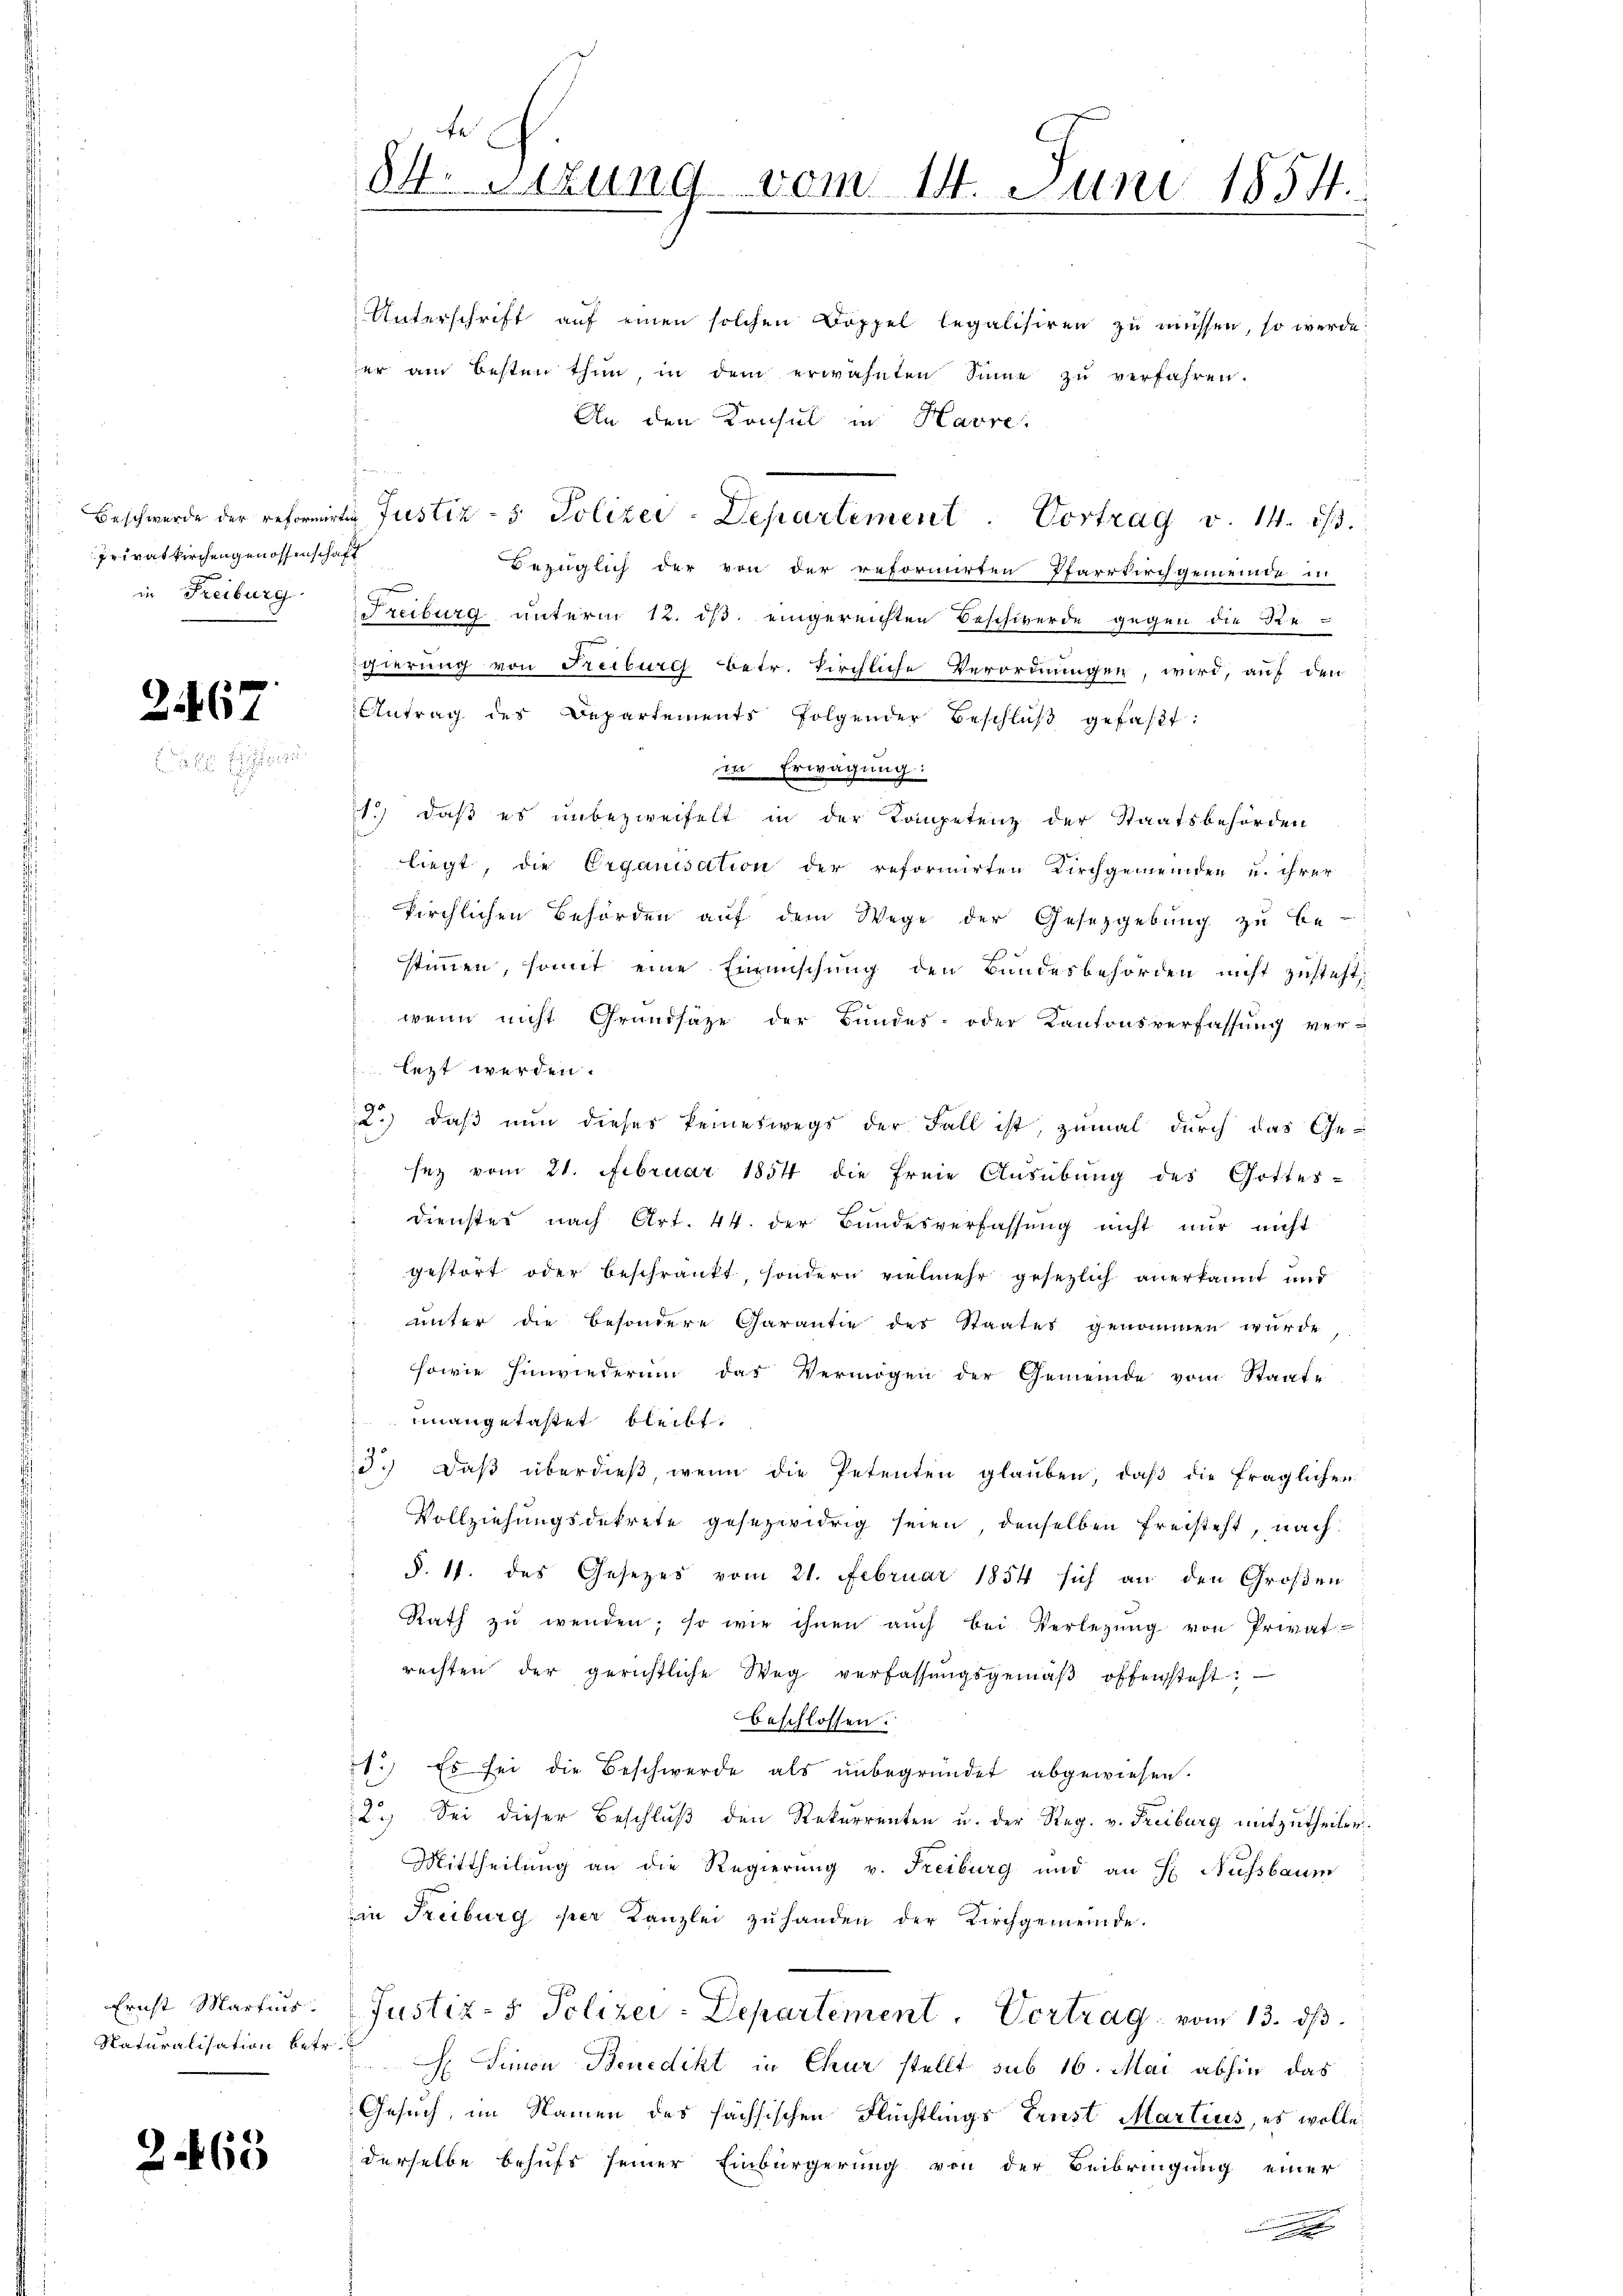
Privatkirchengenossenschaft
in Freiburg

2467

Ernst Martius.
Naturalisation betr.

2.465

te
84 Stzung vom 14. Juni 1854.

Unterschrift auf einen solchen Doppel legalisiren zu müssen, so werde
er am besten thun, in dem erwähnten Sinne zu verfahren.
An den Konsul in Havre,
Beschwerde der reformirtig Justiz- & Polizei-Departement. Vortrag v. 14. 1/3.
Bezüglich der von der reformirten Pfarrkirchgemeinde in
Freiburg unterm 12. ist. eingereichten Beschwerde gegen die Re-
n
gierung von Freiburg betr. Kirchliche Verordnungen, wird, auf den
Antrag des Departements folgender Beschlŭβ gefaßt:
in Erwägung:
1.) daß es unbezweifelt in der Kompetenz der Staatsbehörden
liegt, die Organisation der reformirten Kirchgemeinden u. ihrer
kirchlichen Behörden aŭf dem Wege der Gesetzgebung zu be-
stimmen, somit eine Einmischung den Bundesbehörden nicht zusteht,
c
wenn nicht Grundsäze der Bundes- oder Kantonsverfassung ver-
 lezt werden.
2) daß nun dieses keineswegs der Fall ist, zumal durch das Gesez vom 21. Februar 1854 die freie Ausübung des Gottes-
dienstes nach Art. 44. der Bundesverfassung nicht nur nicht
gestört oder beschränkt, sondern vielmehr gesezlich anerkannt und
unter die besondere Garantie des Staates genommen wurde,
sowie Einwiederum das Vermögen der Gemeinde vom Staate
 unangetastet bleibt.
d.) daβ überdieβ, wenn die Petenten glauben, daβ die fraglichen
Vollziehungsdekrete gesezwidrig seien, denselben freisteht, nach
§. 11. des Gesetzes vom 21. Februar 1854 sich an den Großen
Rath zŭ wenden; so wie ihnen aŭch bei Verlegŭng von Privat
rechten der gerichtliche Weg verfassŭngsgemäβ offensteht.
beschlossen:
1.) Es sei die Beschwerde als unbegründet abgewiesen.
2.) Sei dieser Beschluß den Rekurrenten u. der Reg. v. Freiburg mitzutheilen.
Mittheilung an die Regierung v. Freiburg und an H Nussbaum
in Freiburg per Kanzlei zŭ handen der Kirchgemeinde.
Justiz- & Polizei-Departement. Vortrag vom 13. ds.
 Simon Benedikt in Chur stellt sub 16. Mai abhin das
Gesuch, im Namen des sächsischen Flüchtlings Ernst Martius, es wolle
derselbe behufs seiner Einbürgerung von der Beibringung einer
n